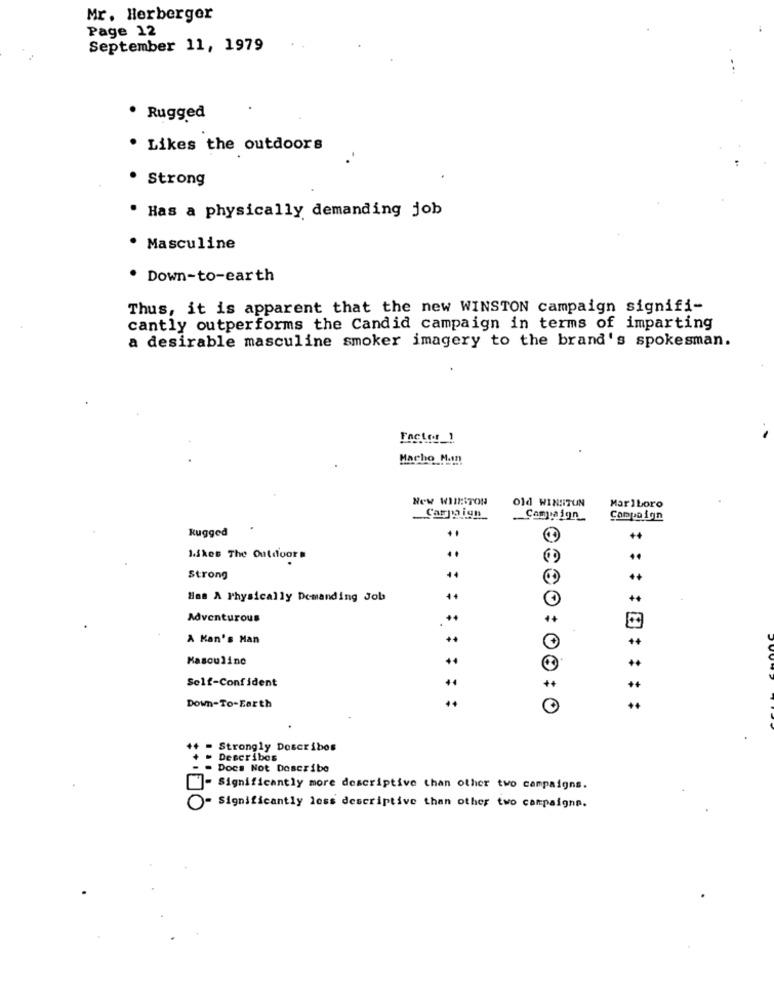
Mr. Herberger
Page 12
September 11, 1979
· Rugged
. Likes the outdoors
Strong
. Has a physically demanding job
· Masculine
. Down-to-earth
Thus, it is apparent that the new WINSTON campaign signifi-
cantly outperforms the Candid campaign in terms of imparting
a desirable masculine smoker imagery to the brand's spokesman.
Fncios )
Macho M.In
New WINSTON
old WINSTUN
Marlboro
Campaign
Campaign
Campaign
Rugged
++
1.skes The Outdoors
..
44
Strong
Has A Physically Demanding Job
++
Adventurous
14
A Kan's Man
Masculino
+4
++
Self-Confident
++
Down-To-Earth
++ - Strongly Describes
- Describes
. Does Not Describe
- Significantly more descriptive than other two campaigns.
O- Significantly less descriptive than other two campaigna.